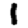
Digit: 1